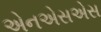
એનએસએસ